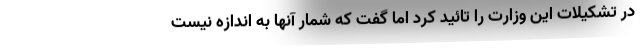
در تشکیلات این وزارت را تائید کرد اما گفت که شمار آنها به اندازه نیست